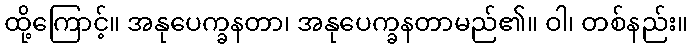
ထို့ကြောင့်။ အနုပေက္ခနတာ၊ အနုပေက္ခနတာမည်၏။ ဝါ၊ တစ်နည်း။